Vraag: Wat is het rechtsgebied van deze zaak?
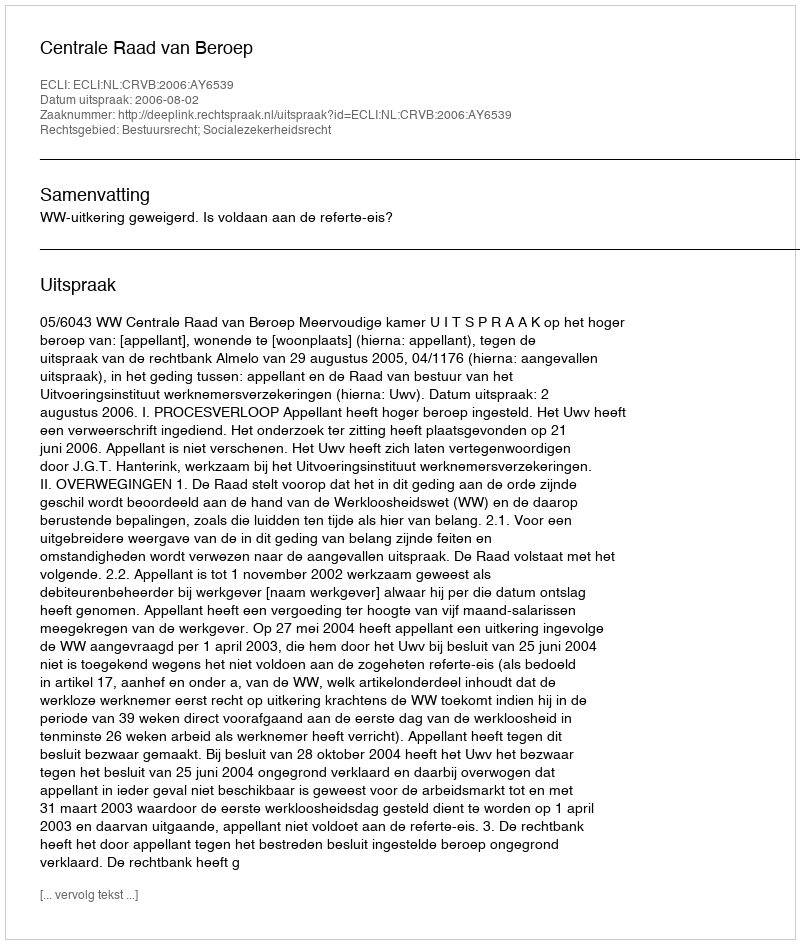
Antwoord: Bestuursrecht; Socialezekerheidsrecht